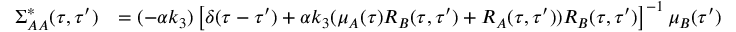
\begin{array} { r l } { \Sigma _ { A A } ^ { * } ( \tau , \tau ^ { \prime } ) } & { = ( - \alpha k _ { 3 } ) \left[ \delta ( \tau - \tau ^ { \prime } ) + \alpha k _ { 3 } ( \mu _ { A } ( \tau ) R _ { B } ( \tau , \tau ^ { \prime } ) + R _ { A } ( \tau , \tau ^ { \prime } ) ) R _ { B } ( \tau , \tau ^ { \prime } ) \right] ^ { - 1 } \mu _ { B } ( \tau ^ { \prime } ) } \end{array}